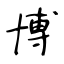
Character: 博